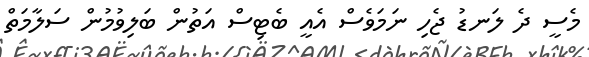
މެސީ ދެ ލަނޑު ޖެހި ނަމަވެސް އެއީ ބެޓިސް އަތުން ބަލިވުމުން ސަލާމަތް